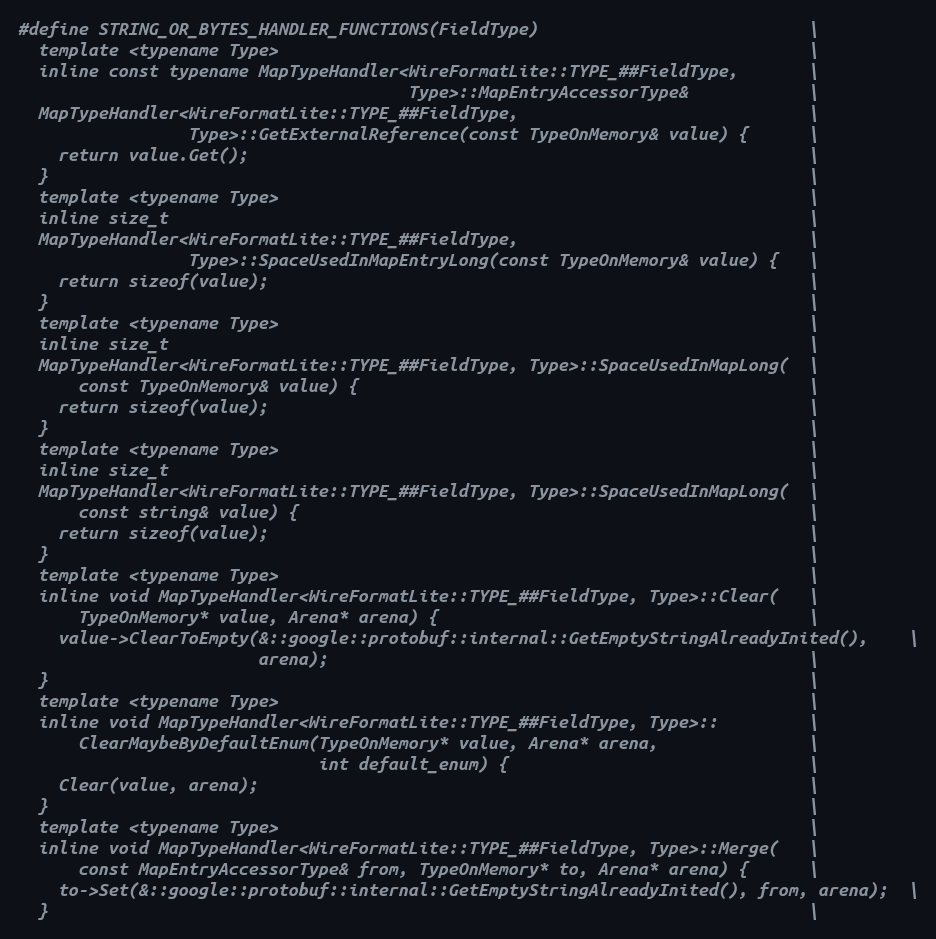
Language: C
#define STRING_OR_BYTES_HANDLER_FUNCTIONS(FieldType)                           \
  template <typename Type>                                                     \
  inline const typename MapTypeHandler<WireFormatLite::TYPE_##FieldType,       \
                                       Type>::MapEntryAccessorType&            \
  MapTypeHandler<WireFormatLite::TYPE_##FieldType,                             \
                 Type>::GetExternalReference(const TypeOnMemory& value) {      \
    return value.Get();                                                        \
  }                                                                            \
  template <typename Type>                                                     \
  inline size_t                                                                \
  MapTypeHandler<WireFormatLite::TYPE_##FieldType,                             \
                 Type>::SpaceUsedInMapEntryLong(const TypeOnMemory& value) {   \
    return sizeof(value);                                                      \
  }                                                                            \
  template <typename Type>                                                     \
  inline size_t                                                                \
  MapTypeHandler<WireFormatLite::TYPE_##FieldType, Type>::SpaceUsedInMapLong(  \
      const TypeOnMemory& value) {                                             \
    return sizeof(value);                                                      \
  }                                                                            \
  template <typename Type>                                                     \
  inline size_t                                                                \
  MapTypeHandler<WireFormatLite::TYPE_##FieldType, Type>::SpaceUsedInMapLong(  \
      const string& value) {                                                   \
    return sizeof(value);                                                      \
  }                                                                            \
  template <typename Type>                                                     \
  inline void MapTypeHandler<WireFormatLite::TYPE_##FieldType, Type>::Clear(   \
      TypeOnMemory* value, Arena* arena) {                                     \
    value->ClearToEmpty(&::google::protobuf::internal::GetEmptyStringAlreadyInited(),    \
                        arena);                                                \
  }                                                                            \
  template <typename Type>                                                     \
  inline void MapTypeHandler<WireFormatLite::TYPE_##FieldType, Type>::         \
      ClearMaybeByDefaultEnum(TypeOnMemory* value, Arena* arena,               \
                              int default_enum) {                              \
    Clear(value, arena);                                                       \
  }                                                                            \
  template <typename Type>                                                     \
  inline void MapTypeHandler<WireFormatLite::TYPE_##FieldType, Type>::Merge(   \
      const MapEntryAccessorType& from, TypeOnMemory* to, Arena* arena) {      \
    to->Set(&::google::protobuf::internal::GetEmptyStringAlreadyInited(), from, arena);  \
  }                                                                            \